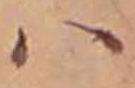
ハ